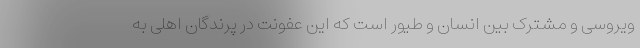
ویروسی و مشترک بین انسان و طیور است که این عفونت در پرندگان اهلی به